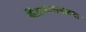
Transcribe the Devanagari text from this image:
केंद्रकाजवळचा